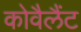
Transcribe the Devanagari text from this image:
कोवैलैंट